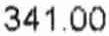
341.00